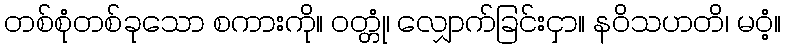
တစ်စုံတစ်ခုသော စကားကို။ ဝတ္တုံ၊ လျှောက်ခြင်းငှာ။ နဝိသဟတိ၊ မဝံ့။